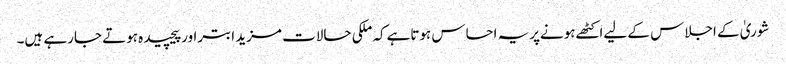
شوریٰ کے اجلاس کے لیےاکٹھےہونےپریہ احساس ہوتاہےکہ ملکی حالات مزید ابتراورپیچیدہ ہوتے جارہے ہیں۔